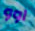
اوو